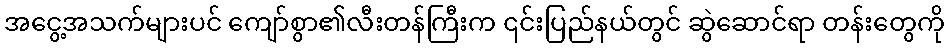
အငွေ့အသက်များပင် ကျော်စွာ၏လီးတန်ကြီးက ၎င်းပြည်နယ်တွင် ဆွဲဆောင်ရာ တန်းတွေကို